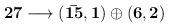
LaTeX: \begin{align*}\bf 27 \longrightarrow ({\bar{15}},1)\oplus (6,2)\,\end{align*}